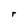
Character: r